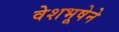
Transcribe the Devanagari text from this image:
वेशभूषेने